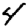
Digit: 4